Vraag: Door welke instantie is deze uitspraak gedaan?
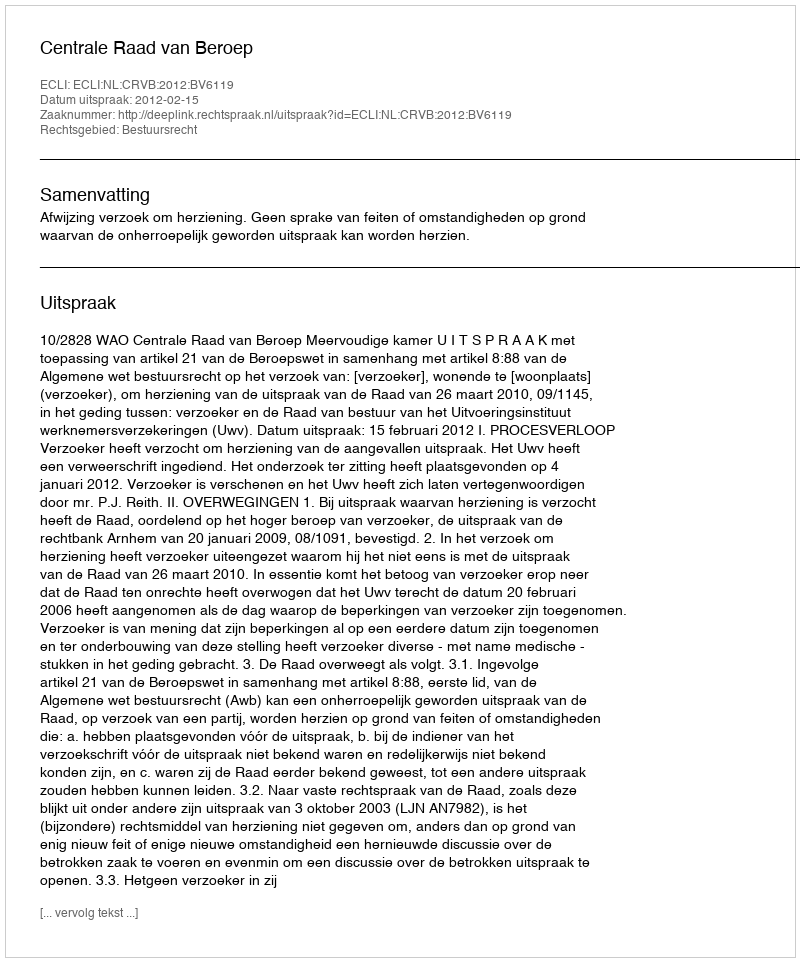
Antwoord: Centrale Raad van Beroep